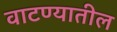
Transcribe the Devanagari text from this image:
वाटण्यातील